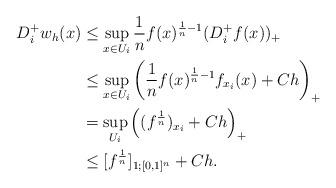
LaTeX: \begin{align*}D^+_iw_h(x) &\leq \sup_{x \in U_i} \frac{1}{n} f(x)^{\frac{1}{n}-1}(D^+_if(x))_+\\&\leq \sup_{x \in U_i} \left( \frac{1}{n}f(x)^{\frac{1}{n}-1}f_{x_i}(x) + Ch\right)_+\\&=\sup_{U_i} \left( (f^\frac{1}{n})_{x_i} + Ch\right)_+\\&\leq [f^\frac{1}{n}]_{1;[0,1]^n} + Ch.\end{align*}